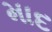
માદ